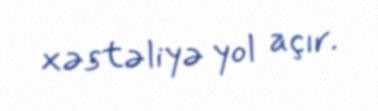
xəstəliyə yol açır.